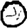
Digit: 0